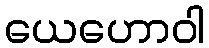
ယေဟောဝါ